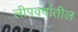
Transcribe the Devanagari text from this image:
लीपवर्षातील